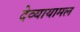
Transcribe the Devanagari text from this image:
देव्यायामल